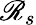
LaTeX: \mathscr{R}_{s}